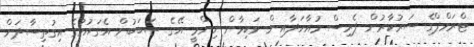
ޓްރަމްޕްގެ ސަރުކާރުން ޕެރިސް މުއާހަދާއިން ވަކިވާން ނިންމީ އޭގެ ސަބަބުން އެގައުމުގެ އިގުތިސާދަށް